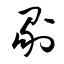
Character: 剔